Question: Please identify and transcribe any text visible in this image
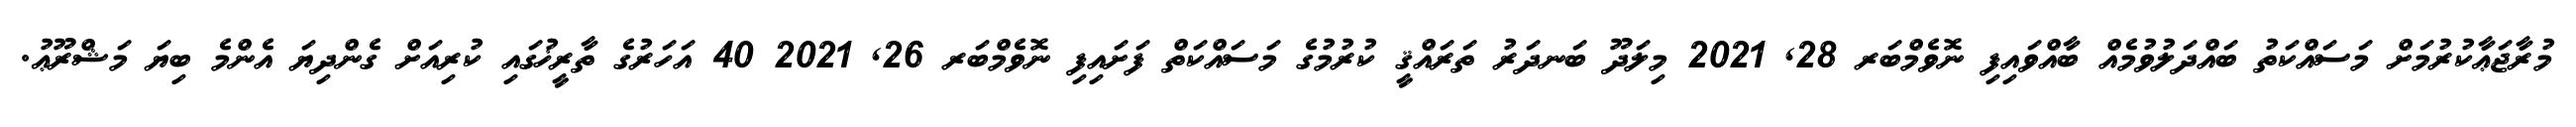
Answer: މުރާޖަޢާކުރުމަށް މަސައްކަތު ބައްދަލުވުމެއް ބާއްވައިފި ނޮވެމްބަރ 28, 2021 މިލަދޫ ބަނދަރު ތަރައްޤީ ކުރުމުގެ މަސައްކަތް ފަށައިފި ނޮވެމްބަރ 26, 2021 40 އަހަރުގެ ތާރީޚުގައި ކުރިއަށް ގެންދިޔަ އެންމެ ބިޔަ މަޝްރޫޢު.